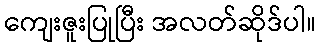
ကျေးဇူးပြုပြီး အလတ်ဆိုဒ်ပါ။